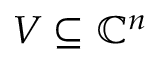
V \subseteq \mathbb { C } ^ { n }